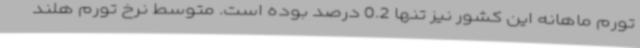
تورم ماهانه این کشور نیز تنها 0.2 درصد بوده است. متوسط نرخ تورم هلند